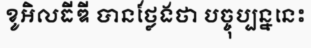
ខូអិលធីឌី បានថ្លែងថា បច្ចុប្បន្ននេះ